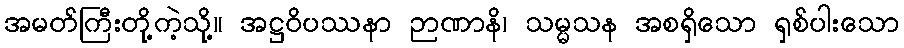
အမတ်ကြီးတို့ကဲ့သို့။ အဋ္ဌဝိပဿနာ ဉာဏာနိ၊ သမ္မသန အစရှိသော ရှစ်ပါးသော